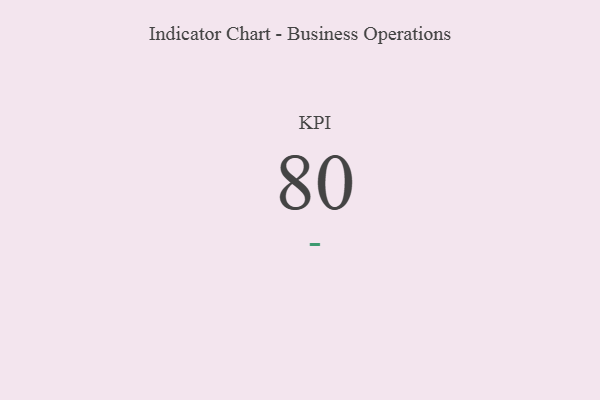
{"axis": {"x": "KPI", "y": "Value"}, "legend": [""], "data": [{"x": "KPI", "y": 80, "type": ""}]}